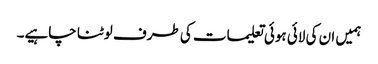
ہمیں ان کی لائی ہوئی تعلیمات کی طرف لوٹنا چاہیے۔